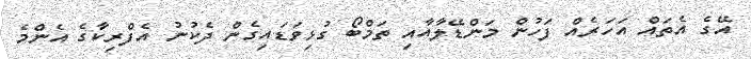
އޭގެ އެތައް އަހަރެއް ފަހުން މަންޑޭލާއާއި ތަމްބޯ ގުޅިވަޑައިގެން ދެކުނު އެފްރިކާގެ އެންމެ